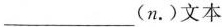
___(n.)文本